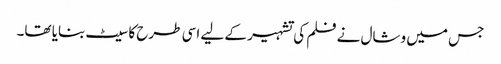
جس میں وشال نے فلم کی تشہیر کے لیے اسی طرح کا سیٹ بنایا تھا۔